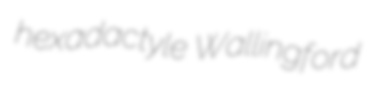
hexadactyle Wallingford